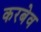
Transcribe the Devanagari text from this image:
करबेव